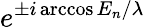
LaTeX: e^{\pm i\operatorname{arccos}{E_{n}/\lambda}}